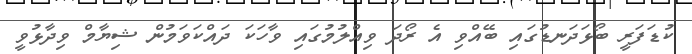
ކުޑަފަރީ ބޯޅަދަނޑުގައި ބޭއްވި އެ ރޯދަ ވިއްލުމުގައި ވާހަކަ ދައްކަވަމުން ޝިޔާމް ވިދާޅުވީ